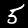
Label: 5